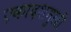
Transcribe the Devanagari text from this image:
एकादशमुखी